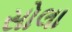
સોલા